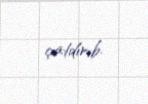
çatdırıb.